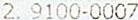
2. 9100-0007